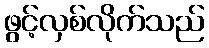
ဖွင့်လှစ်လိုက်သည်